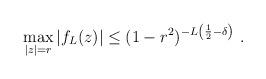
LaTeX: \begin{align*}\max_{|z|=r}|f_L(z)|\leq (1-r^2)^{-L\left(\frac{1}{2}-\delta\right)}\ .\end{align*}